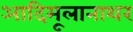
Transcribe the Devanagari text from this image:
आदिमूलानाथर